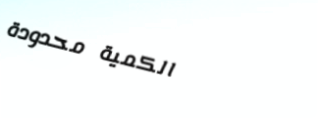
الكمية محدودة